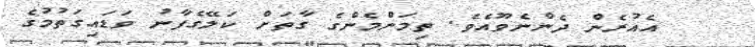
އެއުރެން ދެންނެވޫއެވެ. ތިމަންމެންގެ ގާތަށް ކަލޭގެފާނު ވަޑައިގަތުމުގެ